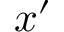
x ^ { \prime }